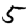
Digit: 5